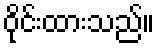
ဝိုင်းထားသည်။